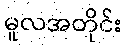
မူလအတိုင်း